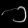
Digit: ၁